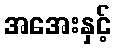
အအေးနှင့်